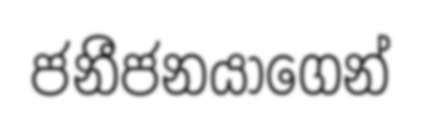
ජනීජනයාගෙන්